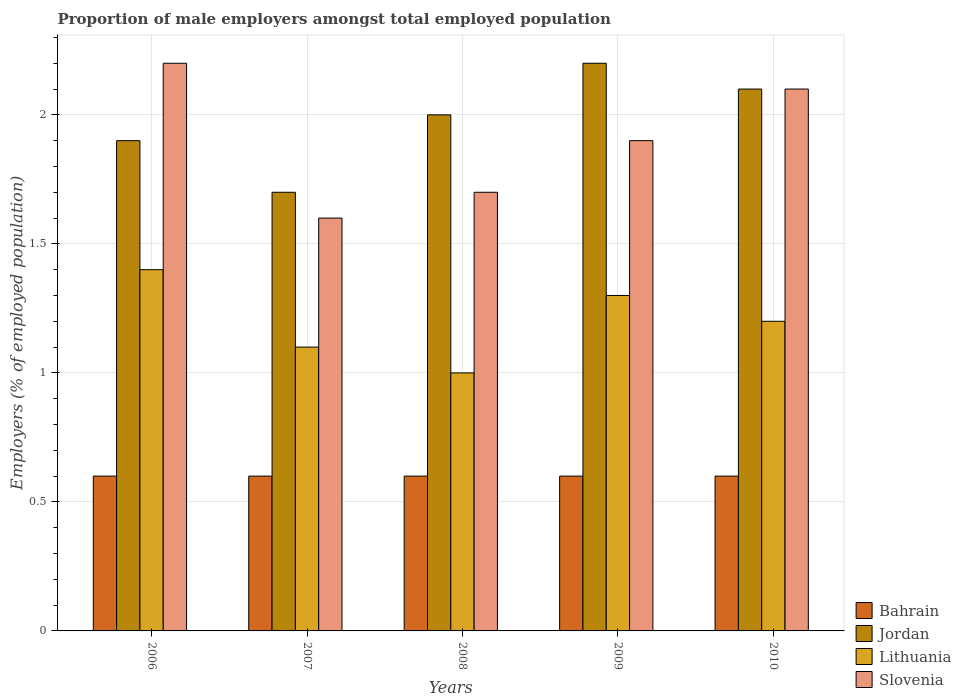
| Years | Bahrain | Jordan | Lithuania | Slovenia |
 | --- | --- | --- | --- | --- |
 | 2006 | 0.6 | 1.9 | 1.4 | 2.2 |
 | 2007 | 0.6 | 1.7 | 1.1 | 1.6 |
 | 2008 | 0.6 | 2 | 1 | 1.7 |
 | 2009 | 0.6 | 2.2 | 1.3 | 1.9 |
 | 2010 | 0.6 | 2.1 | 1.2 | 2.1 |